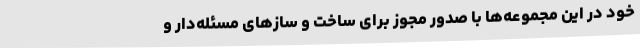
خود در این مجموعه‌ها با صدور مجوز برای ساخت و سازهای مسئله‌دار و